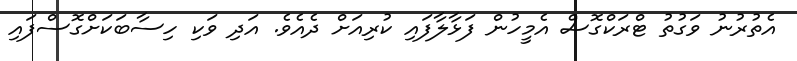
އެތުރުނު ވަގުތު ޓްރަކްގޮސް އެމީހުން ފަޅާލާފައި ކުރިއަށް ދެއެވެ. އަދި ވަކި ހިސާބަކަށްގޮސްފައި